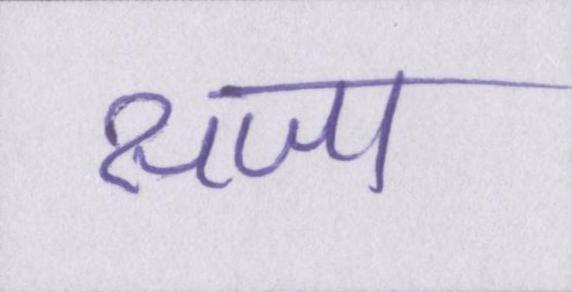
सजा